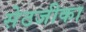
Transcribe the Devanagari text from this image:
सेठजीका